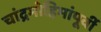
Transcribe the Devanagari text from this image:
चांद्रमोहिमांपूर्वी